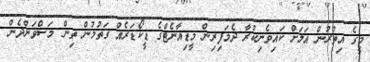
މީގެ އިތުރުން އަލަށް ކައިވެނިކުރާ ދެމަފިރިން މީޑިއާނެޓްގެ ޑީކޯޑަރެއް ގަތުމުން ތިން މަސްވަންދެން